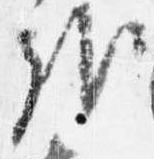
哉